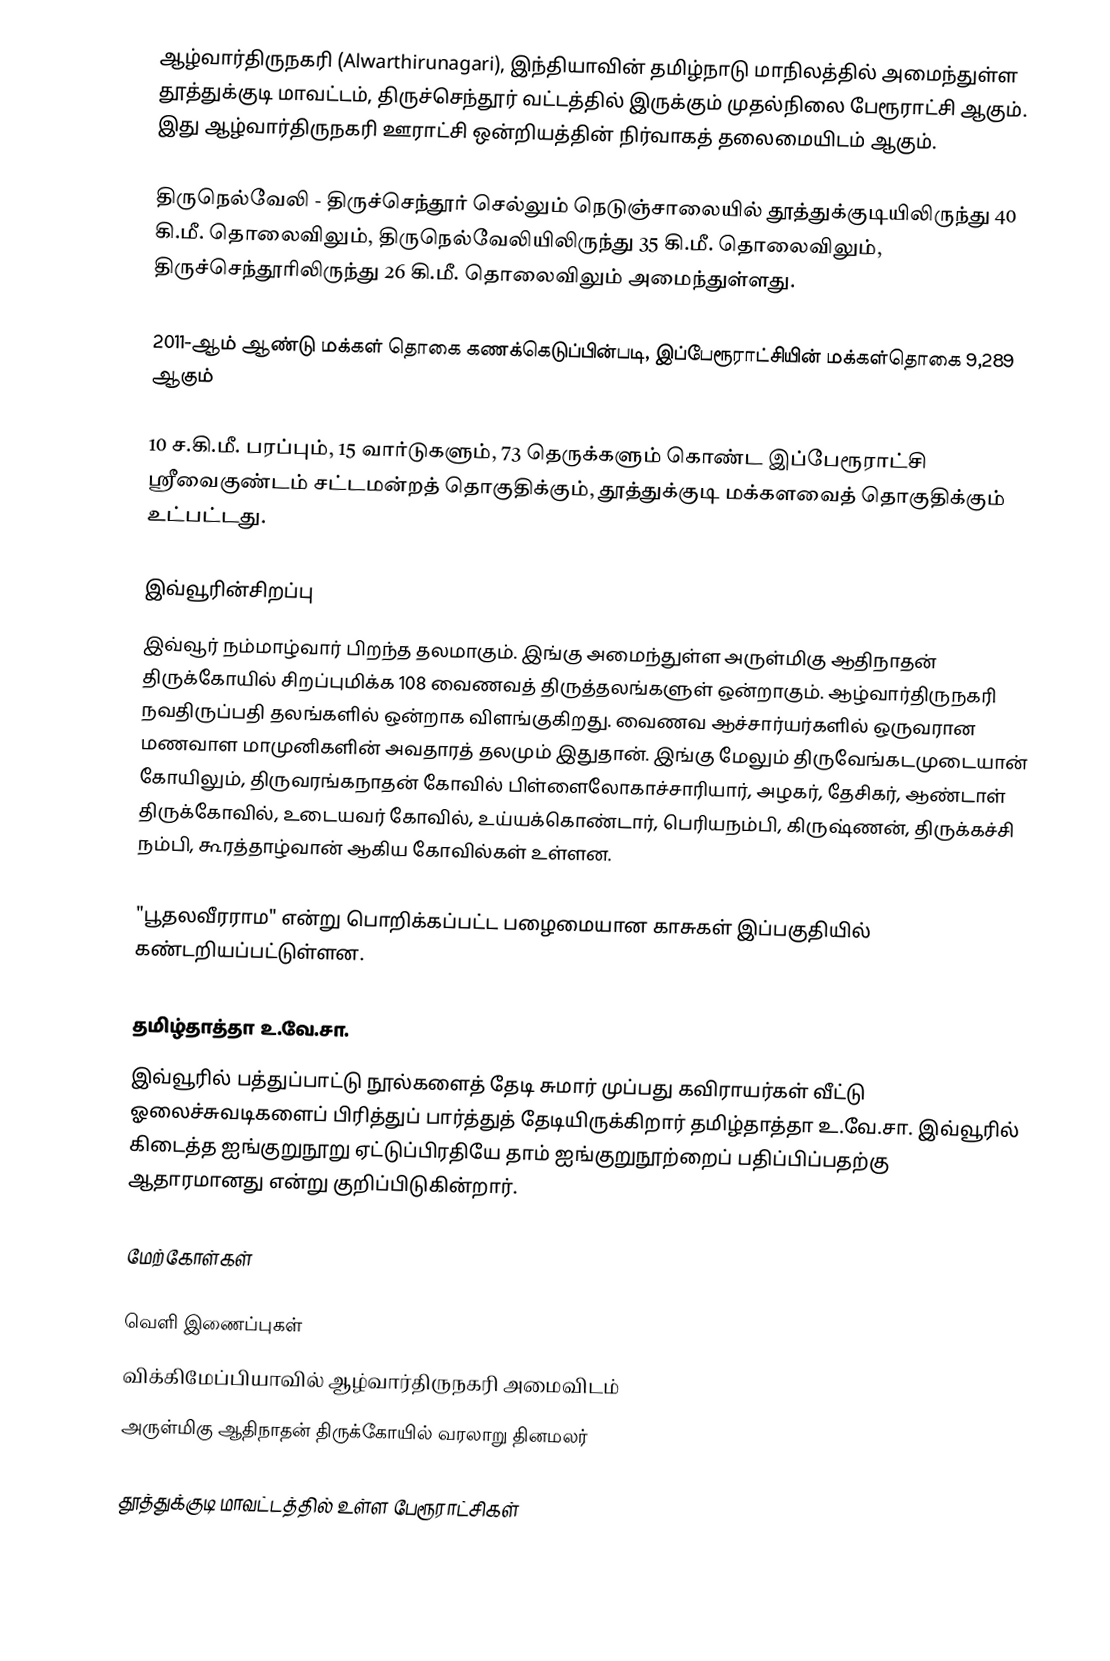
ஆழ்வார்திருநகரி (Alwarthirunagari), இந்தியாவின் தமிழ்நாடு மாநிலத்தில் அமைந்துள்ள தூத்துக்குடி மாவட்டம்,  திருச்செந்தூர் வட்டத்தில் இருக்கும் முதல்நிலை பேரூராட்சி ஆகும்.  இது ஆழ்வார்திருநகரி  ஊராட்சி ஒன்றியத்தின் நிர்வாகத் தலைமையிடம் ஆகும்.

திருநெல்வேலி -  திருச்செந்தூர்  செல்லும் நெடுஞ்சாலையில்  தூத்துக்குடியிலிருந்து  40 கி.மீ. தொலைவிலும், திருநெல்வேலியிலிருந்து 35 கி.மீ. தொலைவிலும், திருச்செந்தூரிலிருந்து 26 கி.மீ. தொலைவிலும் அமைந்துள்ளது.

2011-ஆம் ஆண்டு மக்கள் தொகை கணக்கெடுப்பின்படி,   இப்பேரூராட்சியின் மக்கள்தொகை 9,289 ஆகும்

10 ச.கி.மீ. பரப்பும், 15 வார்டுகளும், 73 தெருக்களும் கொண்ட இப்பேரூராட்சி  ஸ்ரீவைகுண்டம் சட்டமன்றத் தொகுதிக்கும், தூத்துக்குடி மக்களவைத் தொகுதிக்கும் உட்பட்டது.

இவ்வூரின்சிறப்பு
இவ்வூர் நம்மாழ்வார் பிறந்த தலமாகும். இங்கு அமைந்துள்ள அருள்மிகு ஆதிநாதன் திருக்கோயில் சிறப்புமிக்க 108 வைணவத் திருத்தலங்களுள் ஒன்றாகும். ஆழ்வார்திருநகரி நவதிருப்பதி தலங்களில் ஒன்றாக விளங்குகிறது. வைணவ ஆச்சார்யர்களில் ஒருவரான மணவாள மாமுனிகளின் அவதாரத் தலமும் இதுதான். இங்கு மேலும் திருவேங்கடமுடையான் கோயிலும், திருவரங்கநாதன் கோவில் பிள்ளைலோகாச்சாரியார், அழகர், தேசிகர், ஆண்டாள் திருக்கோவில், உடையவர் கோவில், உய்யக்கொண்டார், பெரியநம்பி, கிருஷ்ணன், திருக்கச்சி நம்பி, கூரத்தாழ்வான் ஆகிய கோவில்கள் உள்ளன.

"பூதலவீரராம" என்று பொறிக்கப்பட்ட பழைமையான காசுகள் இப்பகுதியில் கண்டறியப்பட்டுள்ளன.

தமிழ்தாத்தா உ.வே.சா.
இவ்வூரில் பத்துப்பாட்டு நூல்களைத் தேடி சுமார் முப்பது கவிராயர்கள் வீட்டு ஓலைச்சுவடிகளைப் பிரித்துப் பார்த்துத் தேடியிருக்கிறார் தமிழ்தாத்தா உ.வே.சா. இவ்வூரில் கிடைத்த ஐங்குறுநூறு ஏட்டுப்பிரதியே தாம் ஐங்குறுநூற்றைப் பதிப்பிப்பதற்கு ஆதாரமானது என்று குறிப்பிடுகின்றார்.

மேற்கோள்கள்

வெளி இணைப்புகள்
 விக்கிமேப்பியாவில் ஆழ்வார்திருநகரி அமைவிடம்
 அருள்மிகு ஆதிநாதன் திருக்கோயில் வரலாறு தினமலர்

தூத்துக்குடி மாவட்டத்தில் உள்ள பேரூராட்சிகள்